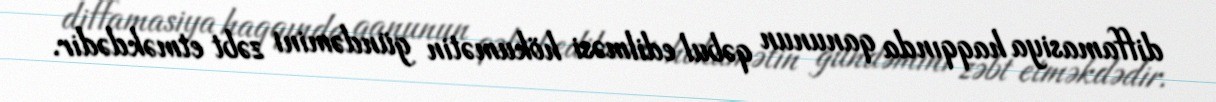
diffamasiya haqqında qanunun qəbul edilməsi hökumətin gündəmini zəbt etməkdədir.